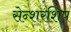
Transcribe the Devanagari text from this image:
सेन्शरशिप